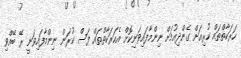
ހަރަކާތްތައް ކުރިއަށް ގެންދިއުމަށް ނިންމާފައިވަނިކޮށް އެހަރަކާތްތައް ފަސް ކުރަން ނިންމާފައިވަނީ ރޭ ބޭއްވި